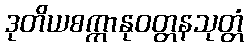
ဒုတိယစက္ကာနုဝတ္တနသုတ္တံ